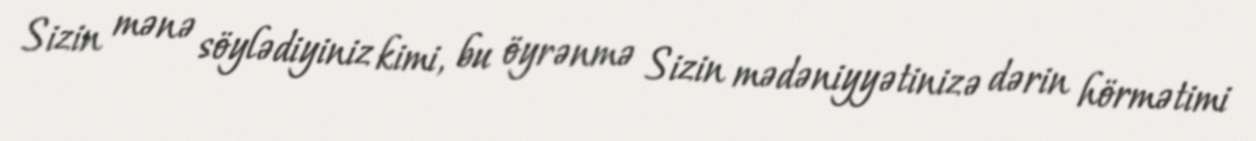
Sizin mənə söylədiyiniz kimi, bu öyrənmə Sizin mədəniyyətinizə dərin hörmətimi